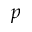
\boldsymbol { p }